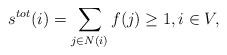
LaTeX: \begin{align*}s^{tot}(i) = \sum_{j \in N(i)}{f(j)} \geq 1,i \in V,\end{align*}